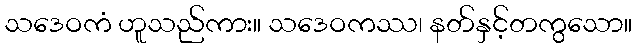
သဒေဝကံ ဟူသည်ကား။ သဒေဝကဿ၊ နတ်နှင့်တကွသော။